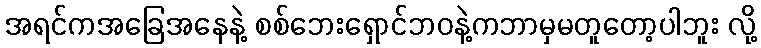
အရင်ကအခြေအနေနဲ့ စစ်ဘေးရှောင်ဘဝနဲ့ကဘာမှမတူတော့ပါဘူး လို့